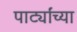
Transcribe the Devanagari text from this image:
पार्ट्यांच्या